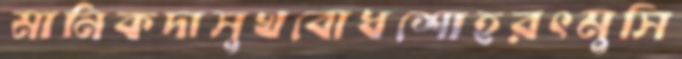
মানিকদাসুখবোধশোহরৎমুসি